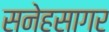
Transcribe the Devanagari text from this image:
सनेहसागर